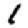
Digit: 1